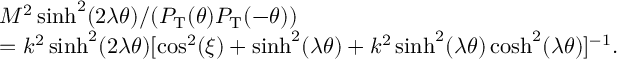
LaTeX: \begin{array} { l l } { { } } & { { M ^ { 2 } \sinh ^ { 2 } ( 2 \lambda \theta ) / ( P _ { \mathrm { T } } ( \theta ) P _ { \mathrm { T } } ( - \theta ) ) } } \\ { { } } & { { = k ^ { 2 } \sinh ^ { 2 } ( 2 \lambda \theta ) [ \cos ^ { 2 } ( \xi ) + \sinh ^ { 2 } ( \lambda \theta ) + k ^ { 2 } \sinh ^ { 2 } ( \lambda \theta ) \cosh ^ { 2 } ( \lambda \theta ) ] ^ { - 1 } . } } \end{array}